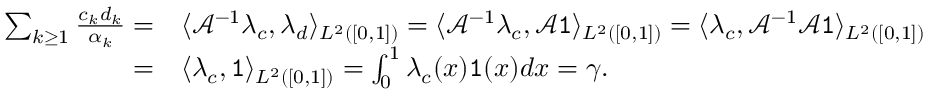
\begin{array} { r l } { \sum _ { k \geq 1 } \frac { c _ { k } d _ { k } } { \alpha _ { k } } = } & { { } \langle \mathcal { A } ^ { - 1 } \lambda _ { c } , \lambda _ { d } \rangle _ { L ^ { 2 } ( [ 0 , 1 ] ) } = \langle \mathcal { A } ^ { - 1 } \lambda _ { c } , \mathcal { A } \mathtt { 1 } \rangle _ { L ^ { 2 } ( [ 0 , 1 ] ) } = \langle \lambda _ { c } , \mathcal { A } ^ { - 1 } \mathcal { A } \mathtt { 1 } \rangle _ { L ^ { 2 } ( [ 0 , 1 ] ) } } \\ { = } & { { } \langle \lambda _ { c } , \mathtt { 1 } \rangle _ { L ^ { 2 } ( [ 0 , 1 ] ) } = \int _ { 0 } ^ { 1 } \lambda _ { c } ( x ) \mathtt { 1 } ( x ) d x = \gamma . } \end{array}